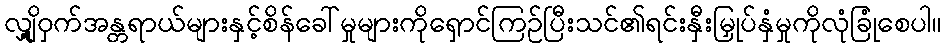
လျှို့ဝှက်အန္တရာယ်များနှင့်စိန်ခေါ်မှုများကိုရှောင်ကြဉ်ပြီးသင်၏ရင်းနှီးမြှုပ်နှံမှုကိုလုံခြုံစေပါ။